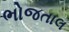
ભોજતાલ